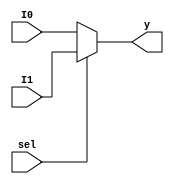
`timescale 1ns / 1ps
module andmux(I0,I1,sel,y); 
input I0,I1,sel; output y;
assign y=sel?I1:I0;
endmodule